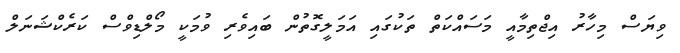
ވިޔަސް މިހާރު އިޖްތިމާއީ މަސައްކަތް ތަކުގައި އަމަލީގޮތުން ބައިވެރި ވުމަކީ މޯލްޑިވްސް ކަރެކްޝަނަލް